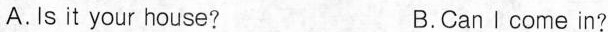
A.Is it your house? B.Can I come in?